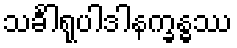
သင်္ခါရုပါဒါနက္ခန္ဓဿ